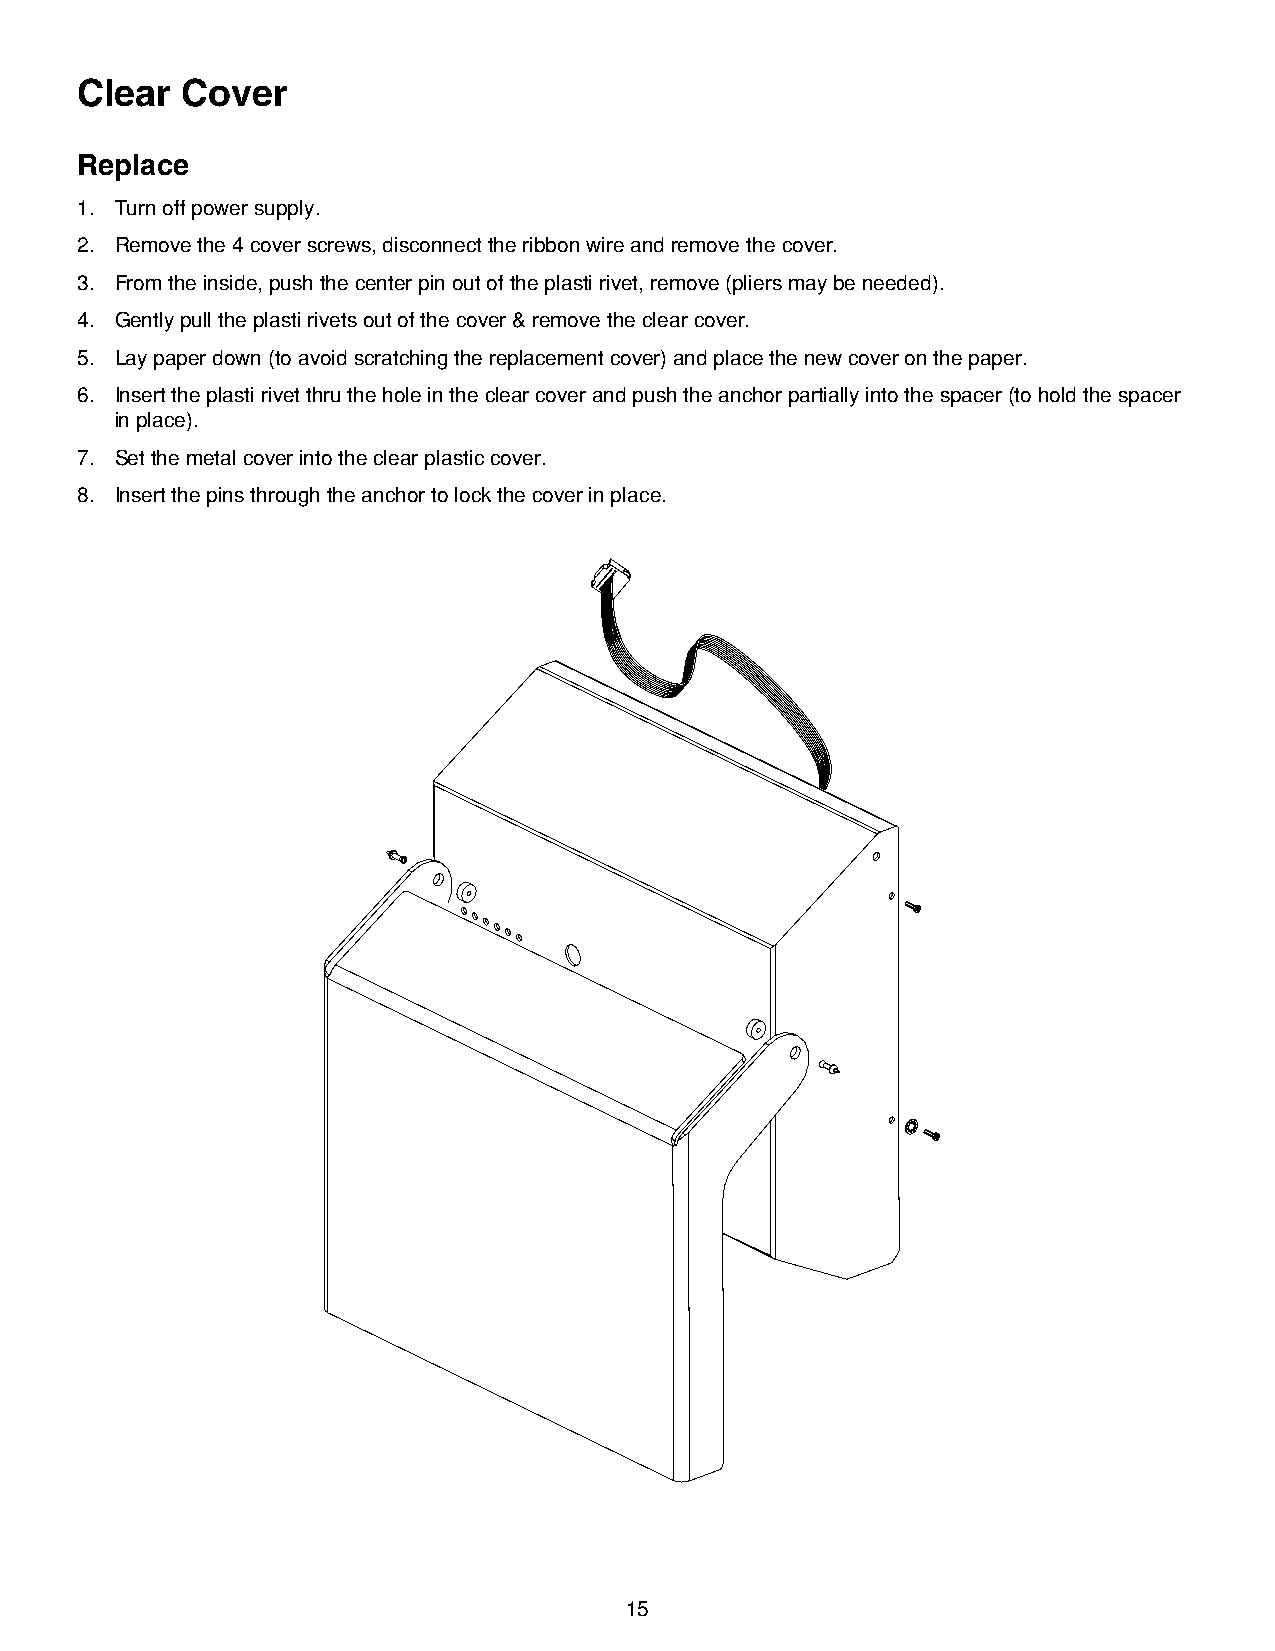
Clear  Cover
 Replace
 1 . Turn off power supply .
 2 . Remove the 4 cover screws, disconnect the ribbon wire and remove the cover .
 3 . From the inside, push the center pin out of the plasti rivet, remove (pliers may be needed) .
 4 . Gently pull the plasti rivets out of the cover & remove the clear cover .
 5 . Lay paper down (to avoid scratching the replacement cover) and place the new cover on the paper .
 6 . Insert the plasti rivet thru the hole in the clear cover and push the anchor partially into the spacer (to hold the spacer
 in place) .
 7 . Set the metal cover into the clear plastic cover .
 8 . Insert the pins through the anchor to lock the cover in place .
 15